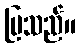
ပြသည်။